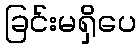
ခြင်းမရှိပေ